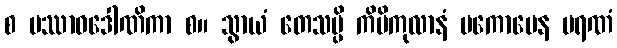
စ ပဿာဝဒေါဏိကာ စ။ သွာယံ တေသမ္ပိ ကိမိကုလာနံ ပကောပေန မရဏံ